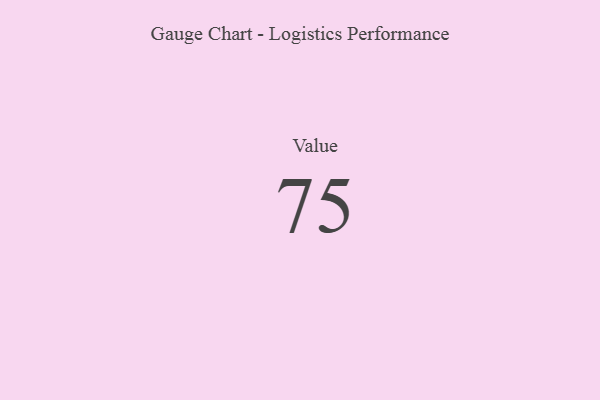
{"axis": {"x": "Metric", "y": "Value"}, "legend": [""], "data": [{"x": "Value", "y": 75, "type": ""}]}